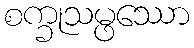
စက္ခုသမ္ဖဿော